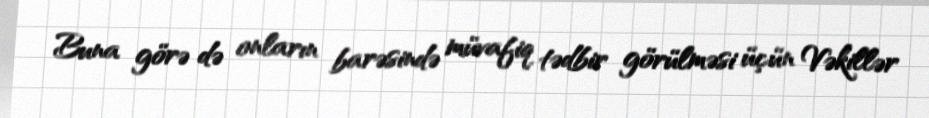
Buna görə də onların barəsində müvafiq tədbir görülməsi üçün Vəkillər